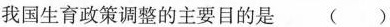
我国生育政策调整的主要目的是()